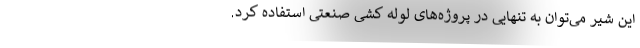
این شیر می‌توان به تنهایی در پروژه‌های لوله کشی صنعتی استفاده کرد.